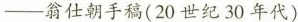
-翁仕朝手稿(20世纪30年代)